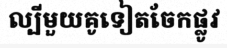
ល្បីមួយគូទៀតចែកផ្លូវ